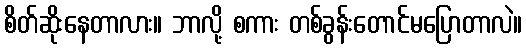
စိတ်ဆိုးနေတာလား။ ဘာလို့ စကား တစ်ခွန်းတောင်မပြောတာလဲ။